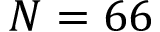
N = 6 6